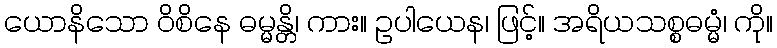
ယောနိသော ဝိစိနေ ဓမ္မန္တိ၊ ကား။ ဥပါယေန၊ ဖြင့်။ အရိယသစ္စဓမ္မံ၊ ကို။